Vaccination United Provinces of Agra and Oudh 1902-1913 - 1902-1913
Year: 1902
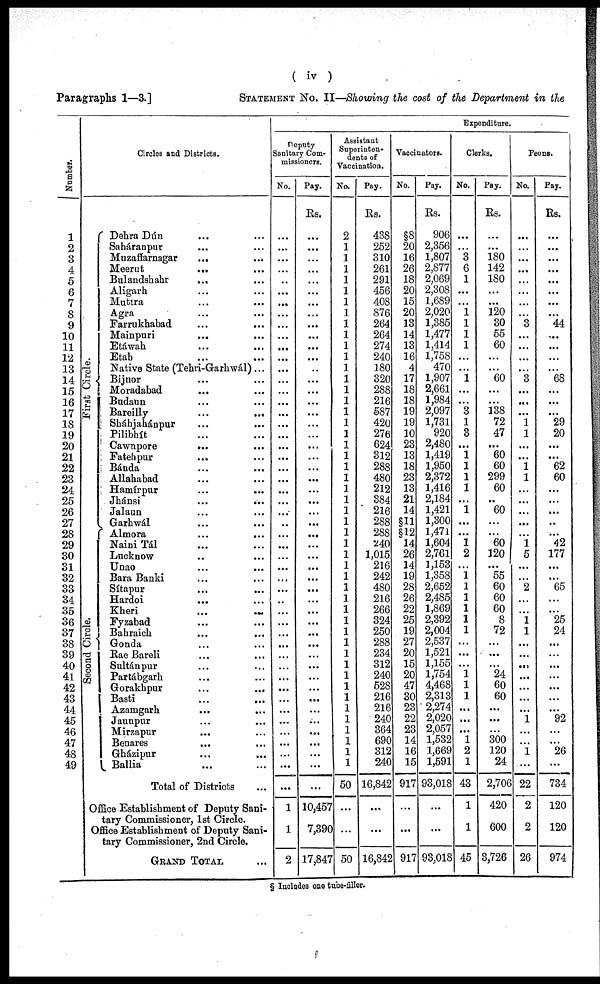
Paragraphs 1—3.]
( iv )
STATEMENT No. II—Showing the cost of the Department in the
Number.
1
2
3
4
5
6
7
8
9
10
11
12
13
14
15
16
17
18
19
20
21
22
23
24
25
26
27
28
29
30
31
32
33
34
35
36
37
38
39
40
41
42
43
44
45
46
47
48
49
Circles and Districts.
First Circle.
Se c ond Circle.
Dehra Dún ... ...
Saháranpur ... ...
Muzaffarnagar
... ...
Meerut
... ...
Bulandshahr ... ...
Aligarh ... ...
Muttra ... ...
Agra ... ...
Farrukhabad
...
...
Mainpuri ... ...
Etáwah ... ...
Etah ... ...
Native State (Tehri-Garhwál)...
Bijnor ... ...
Moradabad ... ...
Budaun ... ...
Bareilly ... ...
Sháhjahánpur
...
...
Pilibhít ... ...
Cawnpore
... ...
Fatehpur ... ...
Bánda ... ...
Allahabad ... ...
Hamírpur ... ...
Jhánsi
...
...
Jalaun ... ...
Garhwál ... ...
Almora
...
...
Naini Tál ... ...
Lucknow ... ...
Unao ... ...
Bara Banki ... ...
Sítapur ... ...
Hardoi ... ...
Kheri
...
...
Fyzabad ... ...
Bahraich ... ...
Gonda ... ...
Rae Bareli ... ...
Sultán pur ... ...
Partábgarh ... ...
Gorakhpur ... ...
Basti ... ...
Azamgarh ... ...
Jaunpur ... ...
Mirzapur ... ...
Benares ... ...
Gházipur ... ...
Ballia ... ...
Total of Districts ...
Office Establishment of Deputy Sani-
tary Commissioner, 1st Circle.
Office Establishment of Deputy Sani-
tary Commissioner, 2nd Circle.
GRAND TOTAL ...
Expenditure.
Deputy
Sanitary Com-
missioners.
No.
...
...
...
...
...
...
...
...
...
...
...
...
...
...
...
...
...
...
...
...
...
...
...
...
...
...
...
...
...
...
...
...
...
...
...
...
...
...
...
...
...
...
...
...
...
...
...
...
...
...
1
1
2
Pay.
Rs.
...
...
...
...
...
...
...
...
...
...
...
...
...
...
...
...
...
...
...
...
...
...
...
...
...
...
...
...
...
...
...
...
...
...
...
...
...
...
...
...
...
...
...
...
...
...
...
...
...
...
10,457
7,390
17,847
Assistant
Superinten-
dents of
Vaccination.
No.
2
1
1
1
1
1
1
1
1
1
1
1
1
1
1
1
1
1
1
1
1
1
1
1
1
1
1
1
1
1
1
1
1
1
1
1
1
1
1
1
1
1
1
1
1
1
1
1
1
50
...
...
50
Pay.
Rs.
438
252
310
261
291
456
408
876
264
264
274
240
180
320
288
216
587
420
276
624
312
288
480
212
384
216
288
288
240
1,015
216
242
480
216
266
324
250
288
234
312
240
528
216
216
240
364
690
312
240
16,842
...
...
16,842
Vaccinators.
No.
§8
20
16
26
18
20
15
20
13
14
13
16
4
17
18
18
19
19
10
23
13
18
23
13
21
14
§11
§12
14
26
14
19
28
26
22
25
19
27
20
15
20
47
30
23
22
23
14
16
15
917
...
...
917
Pay.
Rs.
906
2,356
1,807
2,877
2,069
2,308
1,689
2,020
1,385
1,477
1,414
1,758
470
1,907
2,661
1,984
2,097
1,731
920
2,480
1,419
1,950
2,372
1,416
2,184
1,421
1,300
1,471
1,604
2,761
1,153
1,358
2,652
2,485
1,869
2,392
2,004
2,537
1,521
1,155
1,754
4,468
2,313
2,274
2,020
2,057
1,532
1,669
1,591
93,018
...
...
93,018
Clerks.
No.
...
...
3
6
1
...
...
1
1
1
1
...
...
1
...
...
3
1
3
...
1
1
1
1
...
1
...
...
1
2
...
1
1
1
1
1
1
...
...
...
1
1
1
...
...
... 1
2
1
43
1
1
45
Pay.
Rs.
...
...
180
142
180
...
...
120
30
55
60
...
...
60
...
...
138
72
47
...
60
60
299
60
...
60
...
...
60
120
...
55
60
60
60
8
72
...
...
...
24
60
60
...
...
...
300 120
24
2,706
420
600
3,726
Peons.
No.
...
...
...
...
...
...
...
...
3
...
...
...
...
3
...
...
...
1
1
...
...
1
1
...
...
...
...
...
1
5
...
...
2
...
...
1
1
...
...
...
...
...
...
...
1
...
...
1
...
22
2
2
26
Pay.
Rs.
...
...
...
...
...
...
...
...
44
...
...
...
...
68
...
...
...
29
20
...
...
62
60
...
...
...
...
...
42
177
...
...
65
...
...
25
24
...
...
...
...
...
...
...
92
...
...
26
...
734
120
120
974
§ Includes one tube-filler.